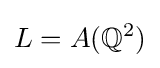
L=A(\mathbb {Q} ^{2})